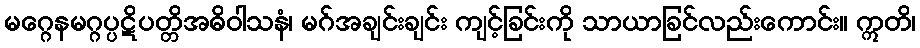
မဂ္ဂေနမဂ္ဂပ္ပဋိပတ္တိအဓိဝါသနံ၊ မဂ်အချင်းချင်း ကျင့်ခြင်းကို သာယာခြင်လည်းကောင်း။ ဣတိ၊